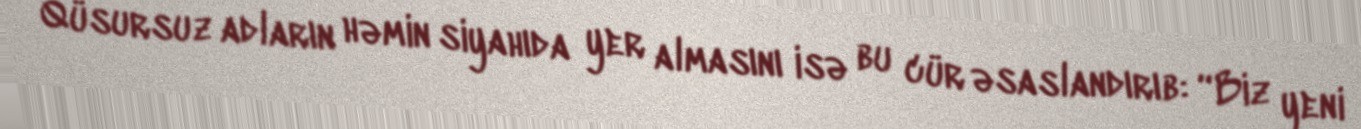
Qüsursuz adların həmin siyahıda yer almasını isə bu cür əsaslandırıb: “Biz yeni